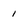
Character: 1